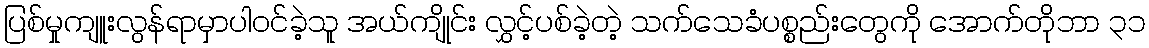
ပြစ်မှုကျူးလွန်ရာမှာပါဝင်ခဲ့သူ အယ်ကျိုင်း လွှင့်ပစ်ခဲ့တဲ့ သက်သေခံပစ္စည်းတွေကို အောက်တိုဘာ ၃၁